Enquiry on enteric fever in India - Number 32
Disease focus: Fever
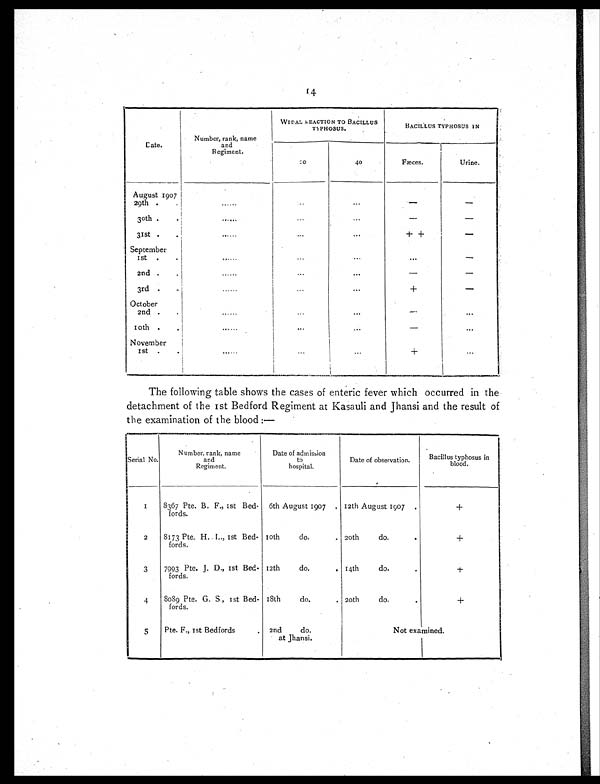
14
Cate.
Number, rank, name
and
Regiment.
WIDAL REACTION TO BACILLUS
TYPHOSUS.
BACILLUS TYPHOSUS IN
20
40
Fæces.
Urine.
August 1907
29th .
......
...
...
—
—
30th .
.
......
...
. . .
— —
31st .
. . . . . .
. . . ...
++
—
September
1st .
.
......
. . .
. . .
. . .
—
2nd.
.
. . . . . .
. . .
. . .
—
—
3rd .
, .
......
. . .
...
+
—
October
2nd .
.
......
. . .
. . .
—
. . .
10th.
......
. . .
...
—
. . .
November
1st .
......
...
. . .
+
. . .
The following table shows the cases of enteric fever which occurred in the
detachment of the 1st Bedford Regiment at Kasauli and Jhansi and the result of
the examination of the blood :—
Serial No.
N umber, rank, name
and
Regiment.
Date of admission
to
hospital.
Date of observation.
Bacillus typhosus in
blood.
1
8367 Pte. B. F., 1st Bed-
fords.
6th August 1907
12th August 1907
+
2
8173 Pte. H. I., 1st Bed-
fords.
10th
do.
20th
do.
+
3
7993 Pte. J. D., 1st Bed-
fords.
12th
do.
. 14th
do.
+
4
8089 Pte. G. S., 1st Bed-
fords.
18th
do.
. 20th do.
+
5
Pte. F., 1st Bedfords
2nd do.
at Jhansi.
Not examined.